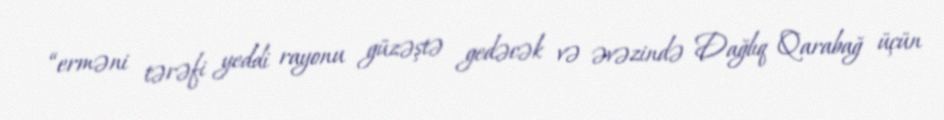
“erməni tərəfi yeddi rayonu güzəştə gedəcək və əvəzində Dağlıq Qarabağ üçün